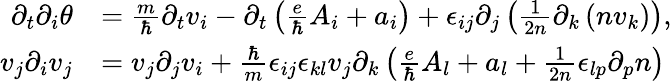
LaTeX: \begin{array}{rl}{\partial_{t}\partial_{i}\theta}&{=\frac{m}{\hbar}\partial_{t}v_{i}-\partial_{t}\left(\frac{e}{\hbar}A_{i}+a_{i}\right)+\epsilon_{ij}\partial_{j}\left(\frac{1}{2n}\partial_{k}\left(nv_{k}\right)\right),}\\ {v_{j}\partial_{i}v_{j}}&{=v_{j}\partial_{j}v_{i}+\frac{\hbar}{m}\epsilon_{ij}\epsilon_{kl}v_{j}\partial_{k}\left(\frac{e}{\hbar}A_{l}+a_{l}+\frac{1}{2n}\epsilon_{lp}\partial_{p}n\right)}\end{array}